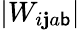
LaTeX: |W_{i\mathbf{j}a\mathsf{b}}|